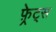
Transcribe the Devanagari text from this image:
फ़्रेट्स